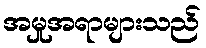
အမှုအရာများသည်